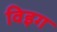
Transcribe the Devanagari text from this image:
विइग